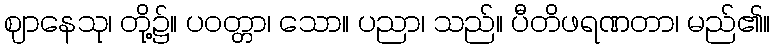
ဈာနေသု၊ တို့၌။ ပဝတ္တာ၊ သော။ ပညာ၊ သည်။ ပီတိဖရဏတာ၊ မည်၏။